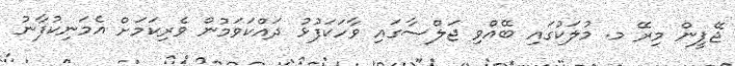
ޖޭޕީން މިރޭ މ. މުލަކުގައި ބޭއްވި ޖަލްސާގައި ވާހަކަފުޅު ދައްކަވަމުން ވެރިކަމަށް އެމަނިކުފާނު